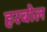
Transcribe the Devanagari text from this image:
हरबोल